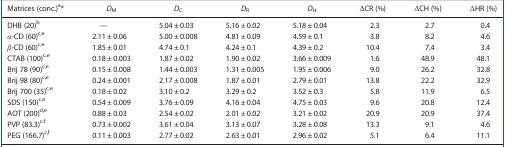
<table><thead><tr><td><b>Matrices (conc.)a, [Link]</b></td><td><b><i>D</i><sub>M</sub></b></td><td><b><i>D</i><sub>C</sub></b></td><td><b><i>D</i><sub>R</sub></b></td><td><b><i>D</i><sub>H</sub></b></td><td><b>ΔCR (%)</b></td><td><b>ΔCH (%)</b></td><td><b>ΔHR (%)</b></td></tr></thead><tbody><tr><td>DHB (20)b</td><td>—</td><td>5.04 ± 0.03</td><td>5.16 ± 0.02</td><td>5.18 ± 0.04</td><td>2.3</td><td>2.7</td><td>0.4</td></tr><tr><td><i>α</i>‐CD (60)c, e</td><td>2.11 ± 0.06</td><td>5.00 ± 0.008</td><td>4.81 ± 0.09</td><td>4.59 ± 0.1</td><td>3.8</td><td>8.2</td><td>4.6</td></tr><tr><td><i>β</i>‐CD (60)c, e</td><td>1.85 ± 0.01</td><td>4.74 ± 0.1</td><td>4.24 ± 0.1</td><td>4.39 ± 0.2</td><td>10.4</td><td>7.4</td><td>3.4</td></tr><tr><td>CTAB (100)c, e</td><td>0.18 ± 0.003</td><td>1.87 ± 0.02</td><td>1.90 ± 0.02</td><td>3.66 ± 0.009</td><td>1.6</td><td>48.9</td><td>48.1</td></tr><tr><td>Brij 78 (90)c, e</td><td>0.15 ± 0.008</td><td>1.44 ± 0.003</td><td>1.31 ± 0.005</td><td>1.95 ± 0.006</td><td>9.0</td><td>26.2</td><td>32.8</td></tr><tr><td>Brij 98 (80)c, e</td><td>0.24 ± 0.001</td><td>2.17 ± 0.008</td><td>1.87 ± 0.01</td><td>2.79 ± 0.01</td><td>13.8</td><td>22.2</td><td>32.9</td></tr><tr><td>Brij 700 (35)c, e</td><td>0.18 ± 0.02</td><td>3.10 ± 0.2</td><td>3.29 ± 0.2</td><td>3.52 ± 0.3</td><td>5.8</td><td>11.9</td><td>6.5</td></tr><tr><td>SDS (150)c, e</td><td>0.54 ± 0.009</td><td>3.76 ± 0.09</td><td>4.16 ± 0.04</td><td>4.75 ± 0.03</td><td>9.6</td><td>20.8</td><td>12.4</td></tr><tr><td>AOT (200)d, e</td><td>0.88 ± 0.03</td><td>2.54 ± 0.02</td><td>2.01 ± 0.02</td><td>3.21 ± 0.02</td><td>20.9</td><td>20.9</td><td>37.4</td></tr><tr><td>PVP (83.3)c, f</td><td>0.73 ± 0.002</td><td>3.61 ± 0.04</td><td>3.13 ± 0.07</td><td>3.28 ± 0.08</td><td>13.3</td><td>9.1</td><td>4.6</td></tr><tr><td>PEG (166.7)c, f</td><td>0.11 ± 0.003</td><td>2.77 ± 0.02</td><td>2.63 ± 0.01</td><td>2.96 ± 0.02</td><td>5.1</td><td>6.4</td><td>11.1</td></tr></tbody></table>